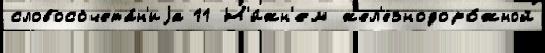
словосочета́н'иjа 11 Н'и́жн'ем жел'езнодоро́жной